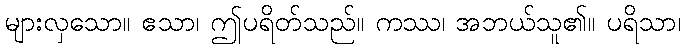
များလှသော။ ဧသာ၊ ဤပရိတ်သည်။ ကဿ၊ အဘယ်သူ၏။ ပရိသာ၊